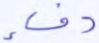
دفء